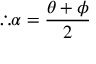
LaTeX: \therefore \alpha = { \frac { \theta + \phi } { 2 } }